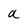
Character: a